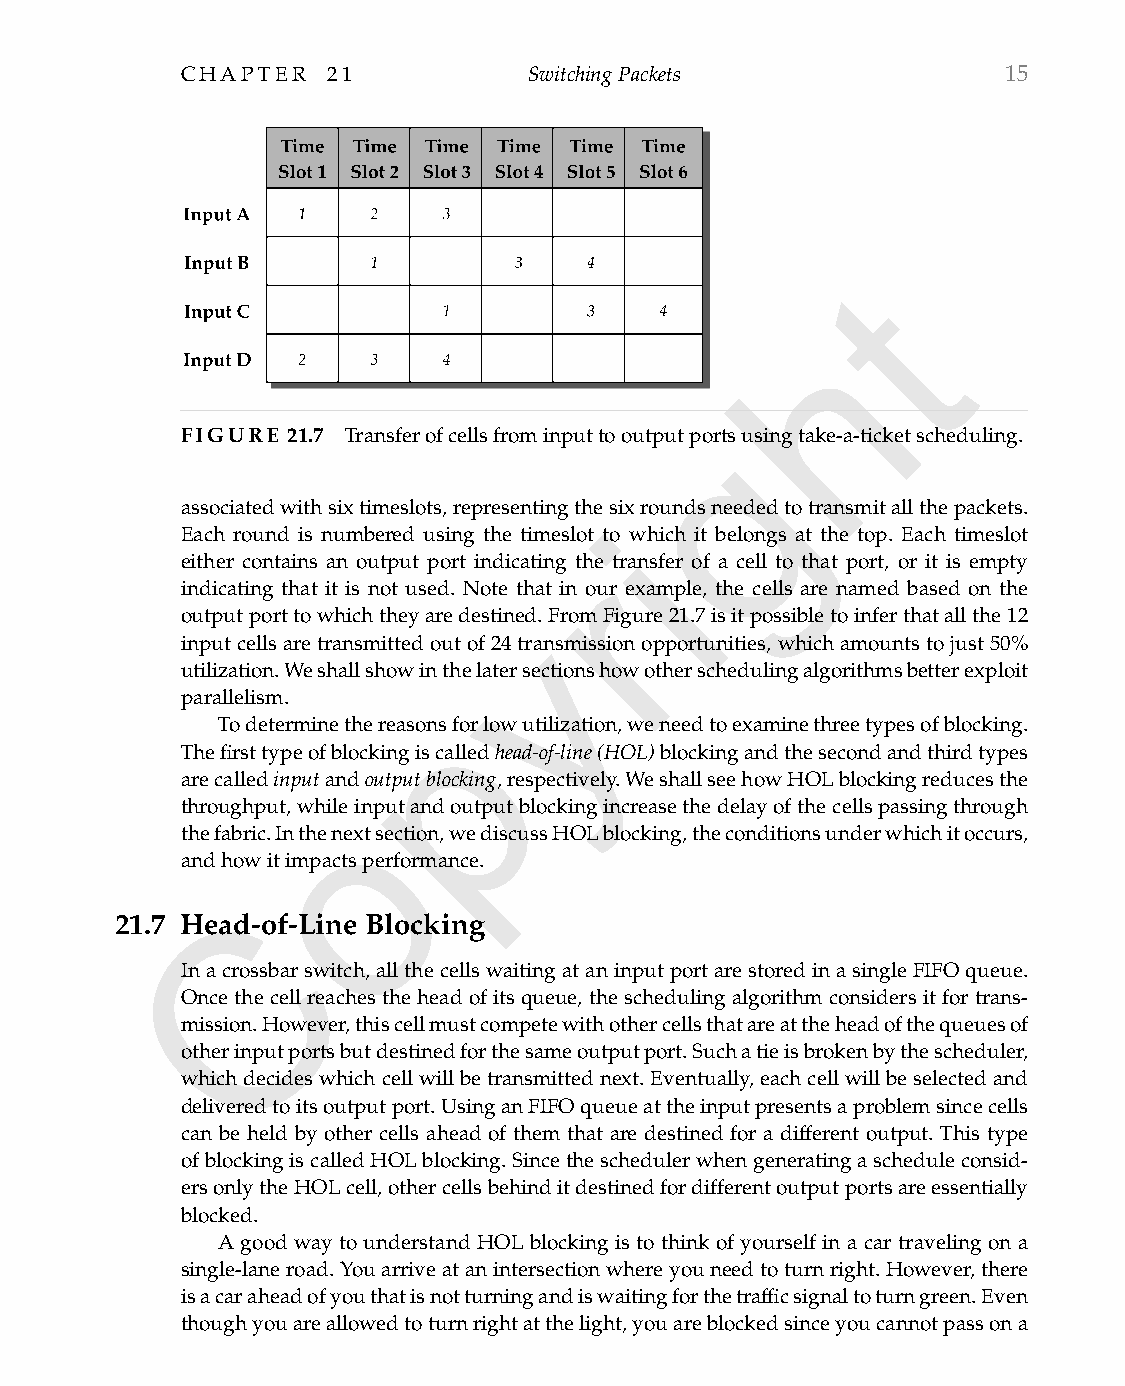
CHAPTER   21           SwitchingPackets               15
 t
 h
 g
 FIGURE 21.7 Transferofcellsfrominputtooutputportsusingtake-a-ticketscheduling.
 associatedwithsixtimeslots,representingthesixroundsneededtotransmitallthepackets.
 i
 Each round is numbered using the timeslot to which it belongs at the top. Each timeslot
 either contains an output port indicatingrthe transfer of a cell to that port, or it is empty
 indicating that it is not used. Note that in our example, the cells are named based on the
 outputporttowhichtheyaredestinyed.FromFigure21.7isitpossibletoinferthatallthe12
 inputcellsaretransmittedoutof24transmissionopportunities,whichamountstojust50%
 utilization.Weshallshowinthelatersectionshowotherschedulingalgorithmsbetterexploit
 parallelism.    p
 Todeterminethereasonsforlowutilization,weneedtoexaminethreetypesofblocking.
 Thefirsttypeofblockingiscalledhead-of-line(HOL)blockingandthesecondandthirdtypes
 arecalledinputandoutputblocking,respectively.WeshallseehowHOLblockingreducesthe
 o
 throughput,whileinputandoutputblockingincreasethedelayofthecellspassingthrough
 thefabric.Inthenextsection,wediscussHOLblocking,theconditionsunderwhichitoccurs,
 andhowitimpactsperformance.
 C
 21.7 Head-of-Line Blocking
 Inacrossbarswitch,allthecellswaitingataninputportarestoredinasingleFIFOqueue.
 Once the cell reaches the head of its queue, the scheduling algorithm considers it for trans-
 mission.However,thiscellmustcompetewithothercellsthatareattheheadofthequeuesof
 otherinputportsbutdestinedforthesameoutputport.Suchatieisbrokenbythescheduler,
 whichdecideswhichcellwillbetransmittednext.Eventually,eachcellwillbeselectedand
 deliveredtoitsoutputport.UsinganFIFOqueueattheinputpresentsaproblemsincecells
 can be held by other cells ahead of them that are destined for a different output. This type
 ofblockingiscalledHOLblocking.Sincetheschedulerwhengeneratingascheduleconsid-
 ersonlytheHOLcell,othercellsbehinditdestinedfordifferentoutputportsareessentially
 blocked.
 A good way to understand HOL blocking is to think of yourself in a car traveling on a
 single-laneroad.Youarriveatanintersectionwhereyouneedtoturnright.However,there
 isacaraheadofyouthatisnotturningandiswaitingforthetrafficsignaltoturngreen.Even
 thoughyouareallowedtoturnrightatthelight,youareblockedsinceyoucannotpassona